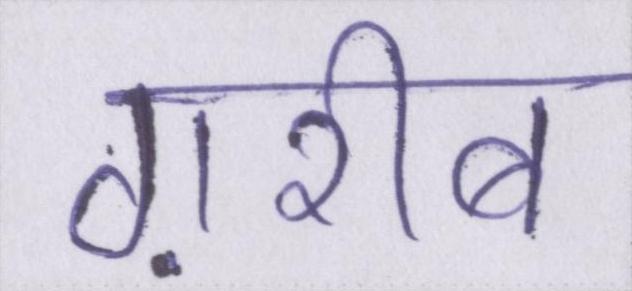
ग़रीब